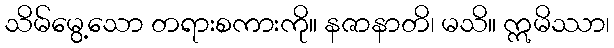
သိမ်မွေ့သော တရားစကားကို။ နဇာနာတိ၊ မသိ။ ဣမိဿာ၊